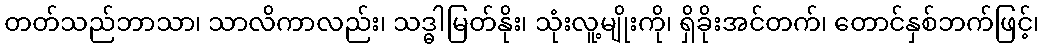
တတ်သည်ဘာသာ၊ သာလိကာလည်း၊ သဒ္ဓါမြတ်နိုး၊ သုံးလူ့မျိုးကို၊ ရှိခိုးအင်တက်၊ တောင်နှစ်ဘက်ဖြင့်၊